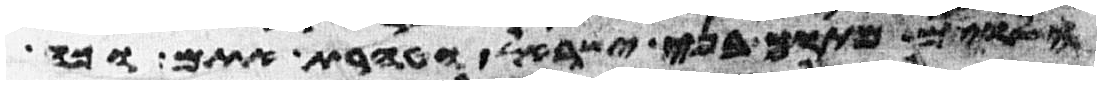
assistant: הלוים מתוך בני ישראל וטהרת אתם וכה